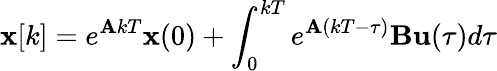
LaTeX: \mathbf{x}[k]=e^{\mathbf{A}kT}\mathbf{x}(0)+\int_{0}^{kT}e^{\mathbf{A}(kT-\tau)}\mathbf{B}\mathbf{u}(\tau)d\tau